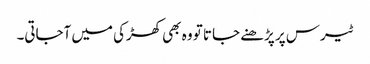
ٹیرس پر پڑھنے جاتا تو وہ بھی کھڑکی میں آجاتی۔